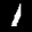
Label: 1